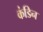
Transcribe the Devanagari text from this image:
कंडिन